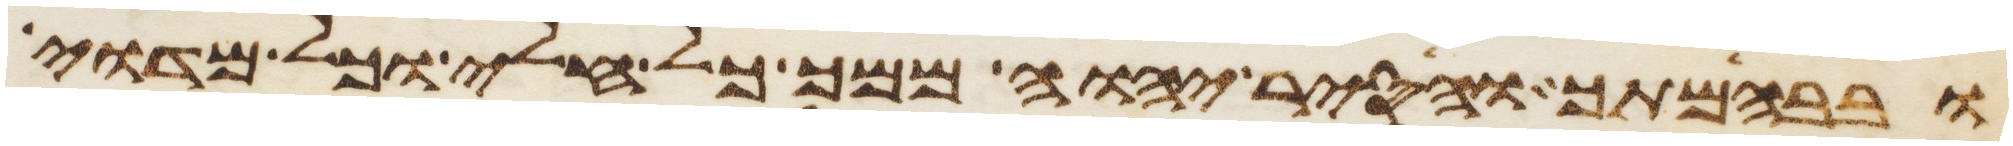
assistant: ובבהמתך והסיר יהוה ממך כל חלי וכל מדוי